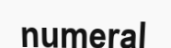
numeral